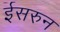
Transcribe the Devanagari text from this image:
ईसरुन